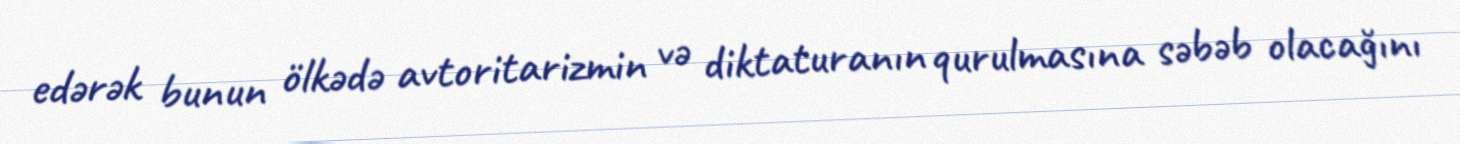
edərək bunun ölkədə avtoritarizmin və diktaturanın qurulmasına səbəb olacağını